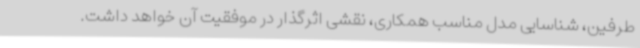
طرفین، شناسایی مدل مناسب همکاری، نقشی اثرگذار در موفقیت آن خواهد داشت.